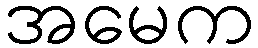
အမေက